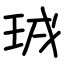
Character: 珬